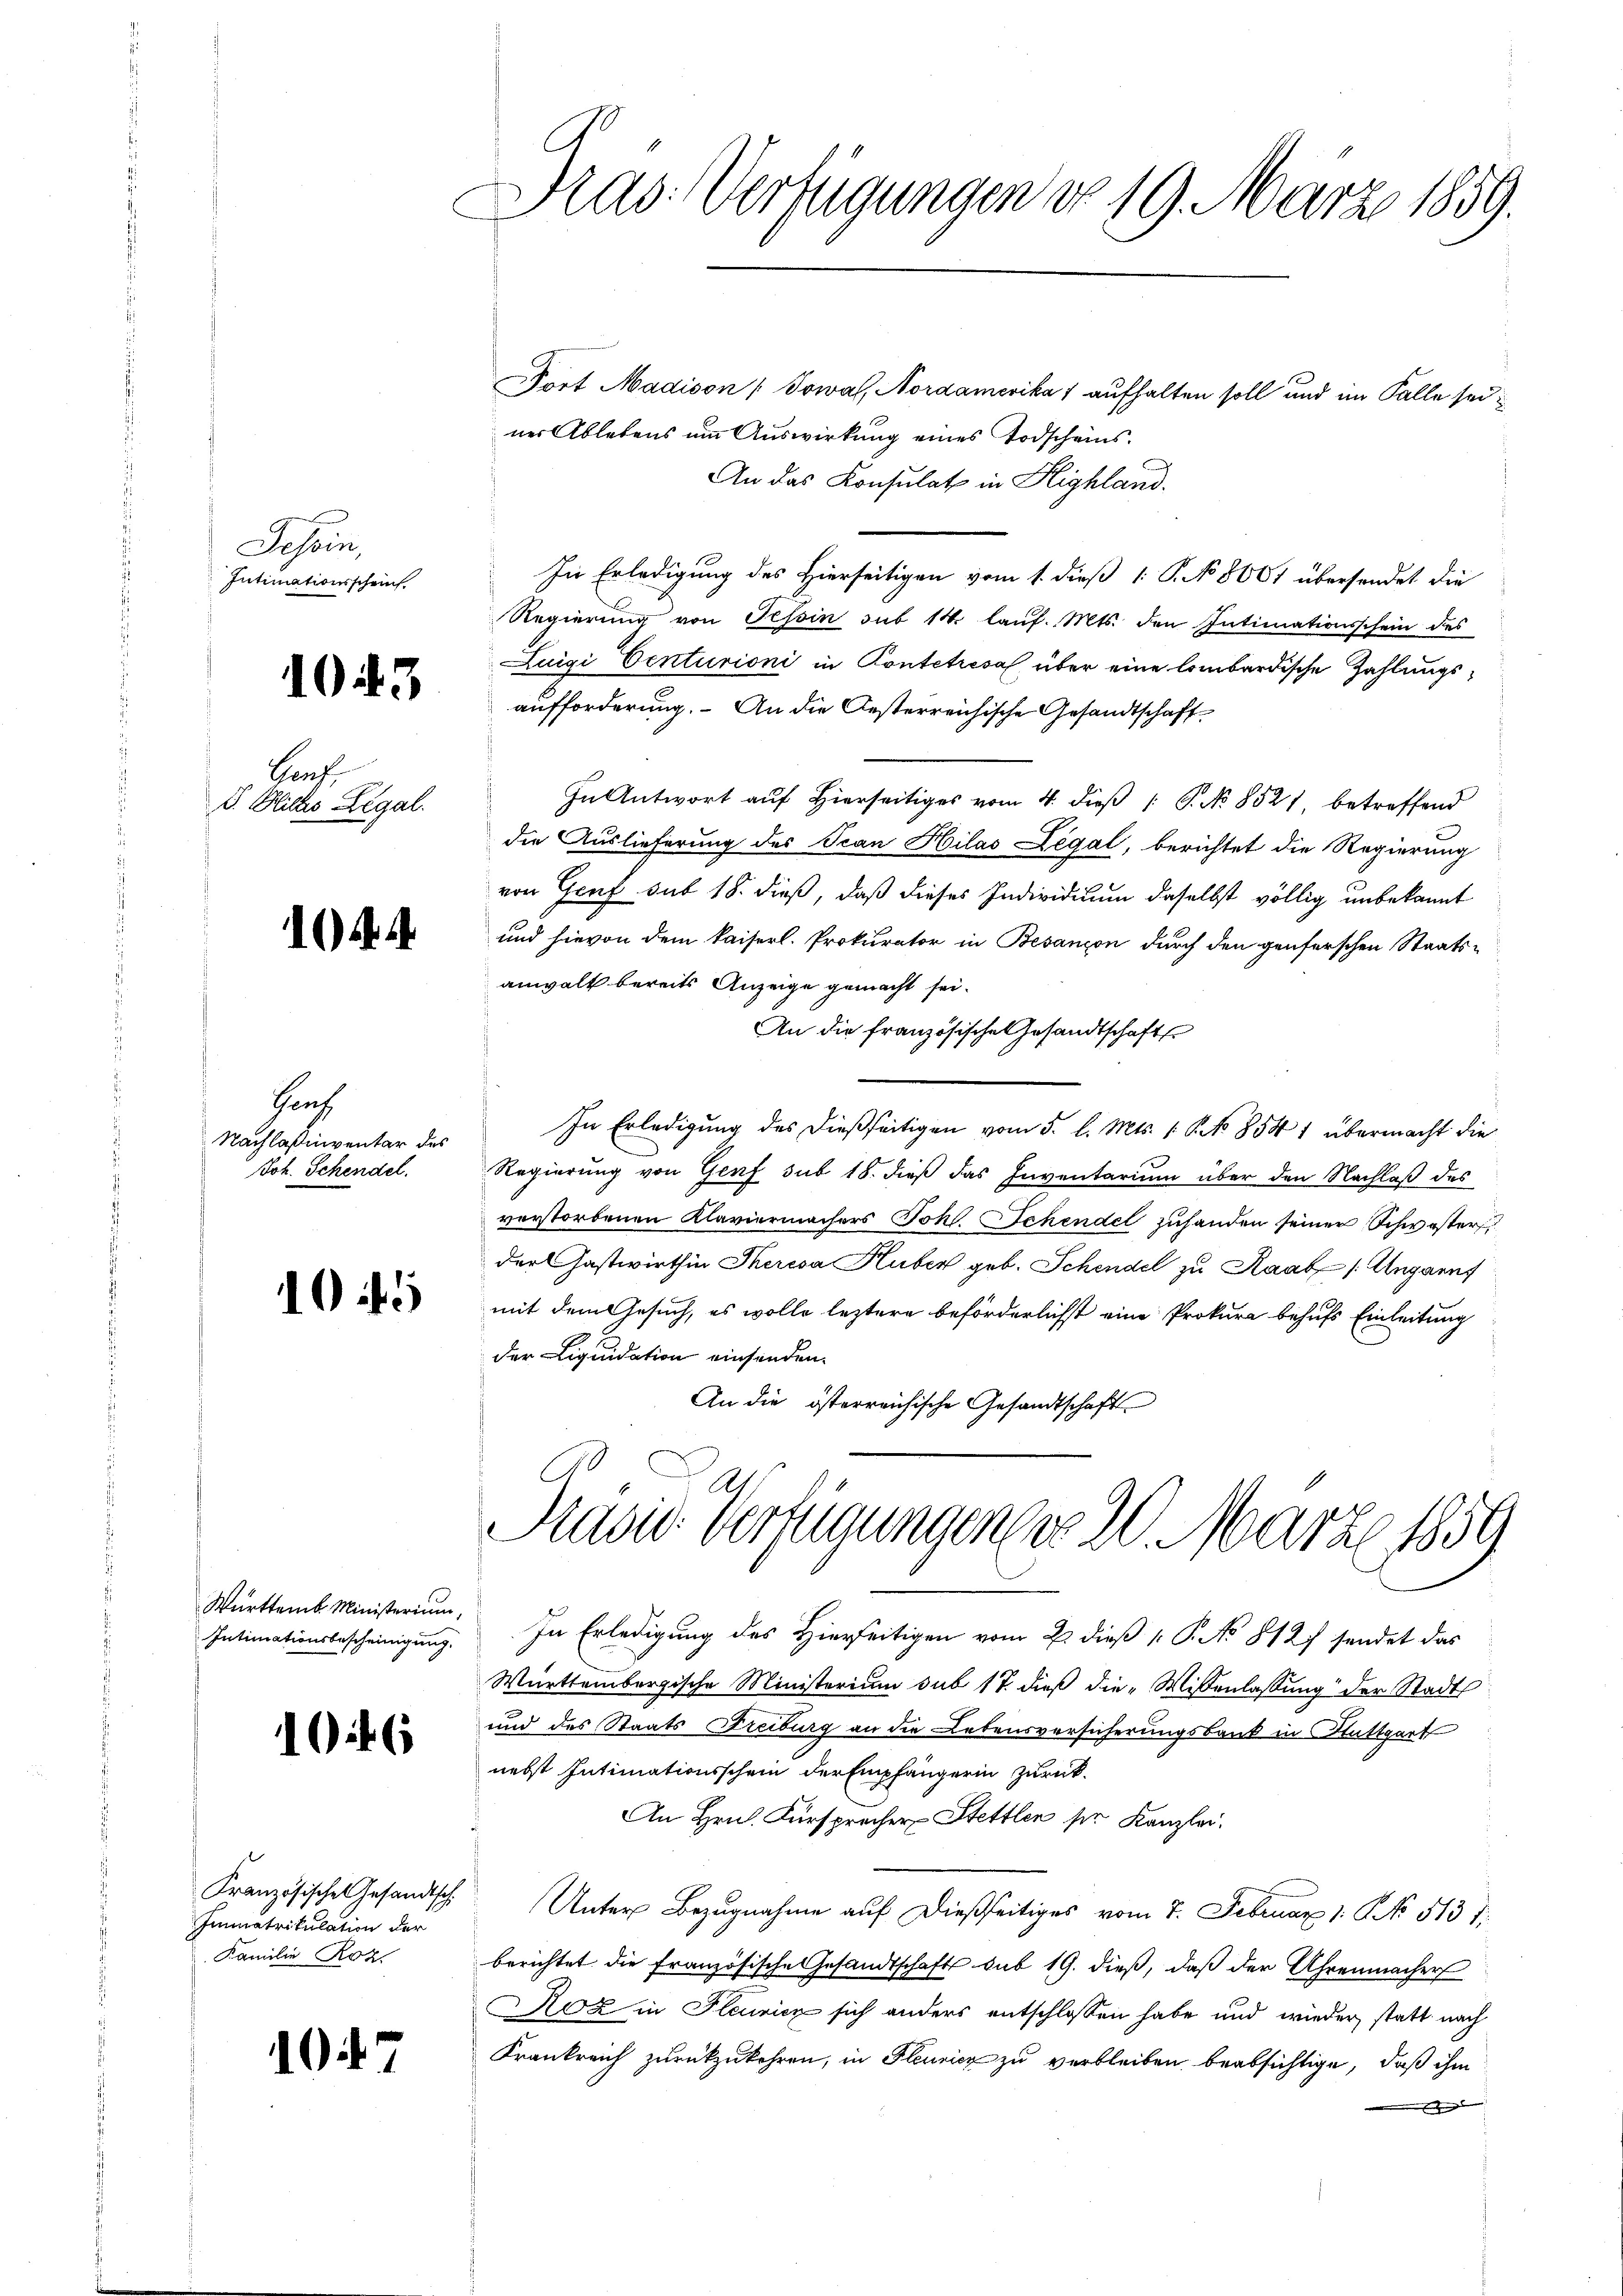
Tessin,
Intimationsscheint.

1043

Brach
B. Blickes Legal.

104.

Prach
Nachlaßiventar des
Joh. Schendel.

1045

Württemb. Ministerium,
Intimationsbescheinigung.

164. 6

Französischen Gesandtsch.
Immatrikulation der
Familie Roz

1047

Präs. Verfügungen do 19. März 1859.

ort Madison ( Sowal, Nordamerika 1 aufhalten soll und im Falle seiner Ablebens um Auswirkung eines Todscheins.
An das Konsulat in Highland.
In Erledigung des Hierseitigen vom 1. dieß 1 P. No 8601 übersendet die
Regierung von Tessin sub 14. lauf. Mts. den Intimationsschein des
Zuigi Centurioni in Kontetriesal über eine lombardische Zahlungsaufforderung. An die Oesterreichische Gesandtschaft
In Antwort auf Hierseitiges vom 4. dieß [ P. No 8521, betreffend
die Auslieferung des Scan Hilas Legal, berichtet die Regierung
von Genf sub 18. dieß, daß dieses Individium daselbst völlig unbekannt
und hievon dem kaiserl. Prokurator in Besançon durch den genferschen Staats-
anwalt bereits Anzeige gemacht sei.
An die französische Gesandtschaft
In Erledigung des dießseitigen vom 5. l. Mts. 1. No 854 1 übermacht die
Regierung von Genf sub 18. dieß das Inventarium über den Nachlaß des
verstorbenen Klaviermachers Joh. Schendel zuhanden seiner Schwester
der Gastwirthin Theresa Huber geb. Schendel zu Raab 1 Augannt
mit dem Gesuch, es wolle leztere beförderlichst eine Prokura behufs Einleitung
der Liquidation einsenden.
An die österreichische Gesandtschaft
Pasid: Verfügungen sie 2. März 1859
In Erledigung des Hierseitigen vom 2. dieß P. No 812 sendet das
Württembergische Ministerium sub 17. dieß die Wissenlassung der Stadt
und des Staats Freiburg an die Lebensversicherungsbank in Stuttgart
nebst Intimationsschein der Empfängerin zurück.
An Hrn. Fürsprecher Stettlen ser Kanzlei.
Unter Bezugnahme auf dießseitiges vom 7. Februar 1. No. 513 1
berichtet die französische Gesandtschafts sub 19. dieß, daß der Uhrenmacher
Roz in Fleuricz sich anders entschlossen habe und wieder statt nach
Krankreich zurückzukehren, in Gleunicz zu verbleiben beabsichtige, daß ihm
 den